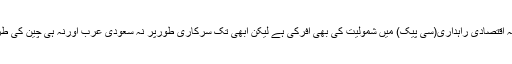
پاکستان نے سعودی عرب کوپاک چائنہ اقتصادی راہداری(سی پیک) میں شمولیت کی بھی آفرکی ہے لیکن ابھی تک سرکاری طورپر نہ سعودی عرب اورنہ ہی چین کی طرف سے کسی ردعمل کا اظہارکیا گیا۔